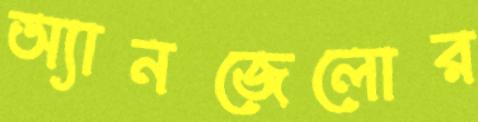
অ্যানজেলোর